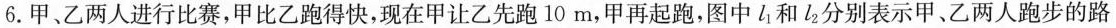
6.甲、乙两人进行比赛，甲比乙跑得快，现在甲让乙先跑10m，甲再起跑，图中l_{1}和l_{2}分别表示甲、乙两人跑步的路